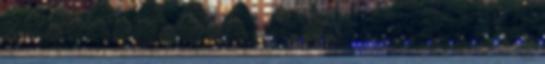
fél évre : Csak annyit szeretnék, hogy ha esetleg